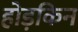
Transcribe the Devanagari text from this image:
होड़किन